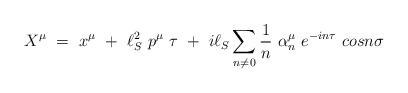
LaTeX: \begin{align*}X^\mu ~ =~ x^\mu ~+~ \ell^2_S ~p^\mu~ \tau ~+~ i\ell_S \sum_{n\ne0}\frac{1}{n} ~\alpha^\mu_n ~ e^{-in\tau} ~cosn\sigma\end{align*}